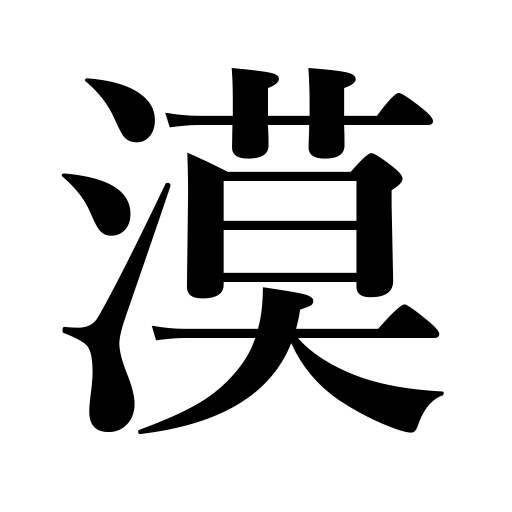
Meanings: wide,deserd,obscure,vague